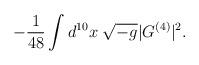
LaTeX: \begin{align*}-\frac{1}{48} \int d^{10} x \; \sqrt{-g} | G^{(4)} |^2.\end{align*}